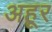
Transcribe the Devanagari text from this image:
अहूर